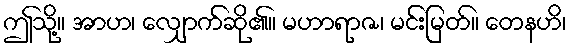
ဤသို့။ အာဟ၊ လျှောက်ဆို၏။ မဟာရာဇ၊ မင်းမြတ်။ တေနဟိ၊